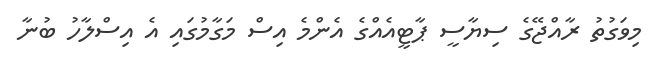
މިވަގުތު ރާއްޖޭގެ ސިޔާސީ ޕާޓީއެއްގެ އެންމެ އިސް މަގާމުގައި އެ އިސްލާހު ބުނާ